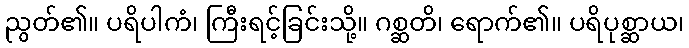
ညွတ်၏။ ပရိပါကံ၊ ကြီးရင့်ခြင်းသို့။ ဂစ္ဆတိ၊ ရောက်၏။ ပရိပုစ္ဆာယ၊